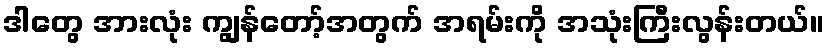
ဒါတွေ အားလုံး ကျွန်တော့်အတွက် အရမ်းကို အသုံးကြီးလွန်းတယ်။